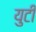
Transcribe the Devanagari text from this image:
युटी